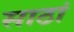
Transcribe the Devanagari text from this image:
साठां